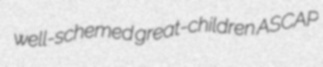
well-schemed great-children ASCAP